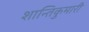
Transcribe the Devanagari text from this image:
शान्तिकुमारी